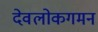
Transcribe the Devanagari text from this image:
देवलोकगमन